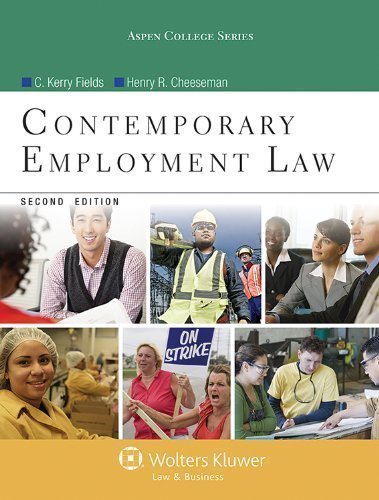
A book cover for Contemporary Employment Law, Second Edition (Aspen College Series) by C. Kevin Fields Published by Aspen Publishers 2nd (second) edition (2013) Hardcover; Law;